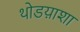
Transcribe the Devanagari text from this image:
थोडय़ाशा